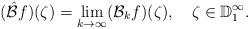
LaTeX: \begin{align*}(\hat{\mathcal{B}}f)(\zeta)=\lim_{k\rightarrow\infty}(\mathcal{B}_k f)(\zeta),\quad\zeta\in\mathbb{D}_1^\infty.\end{align*}